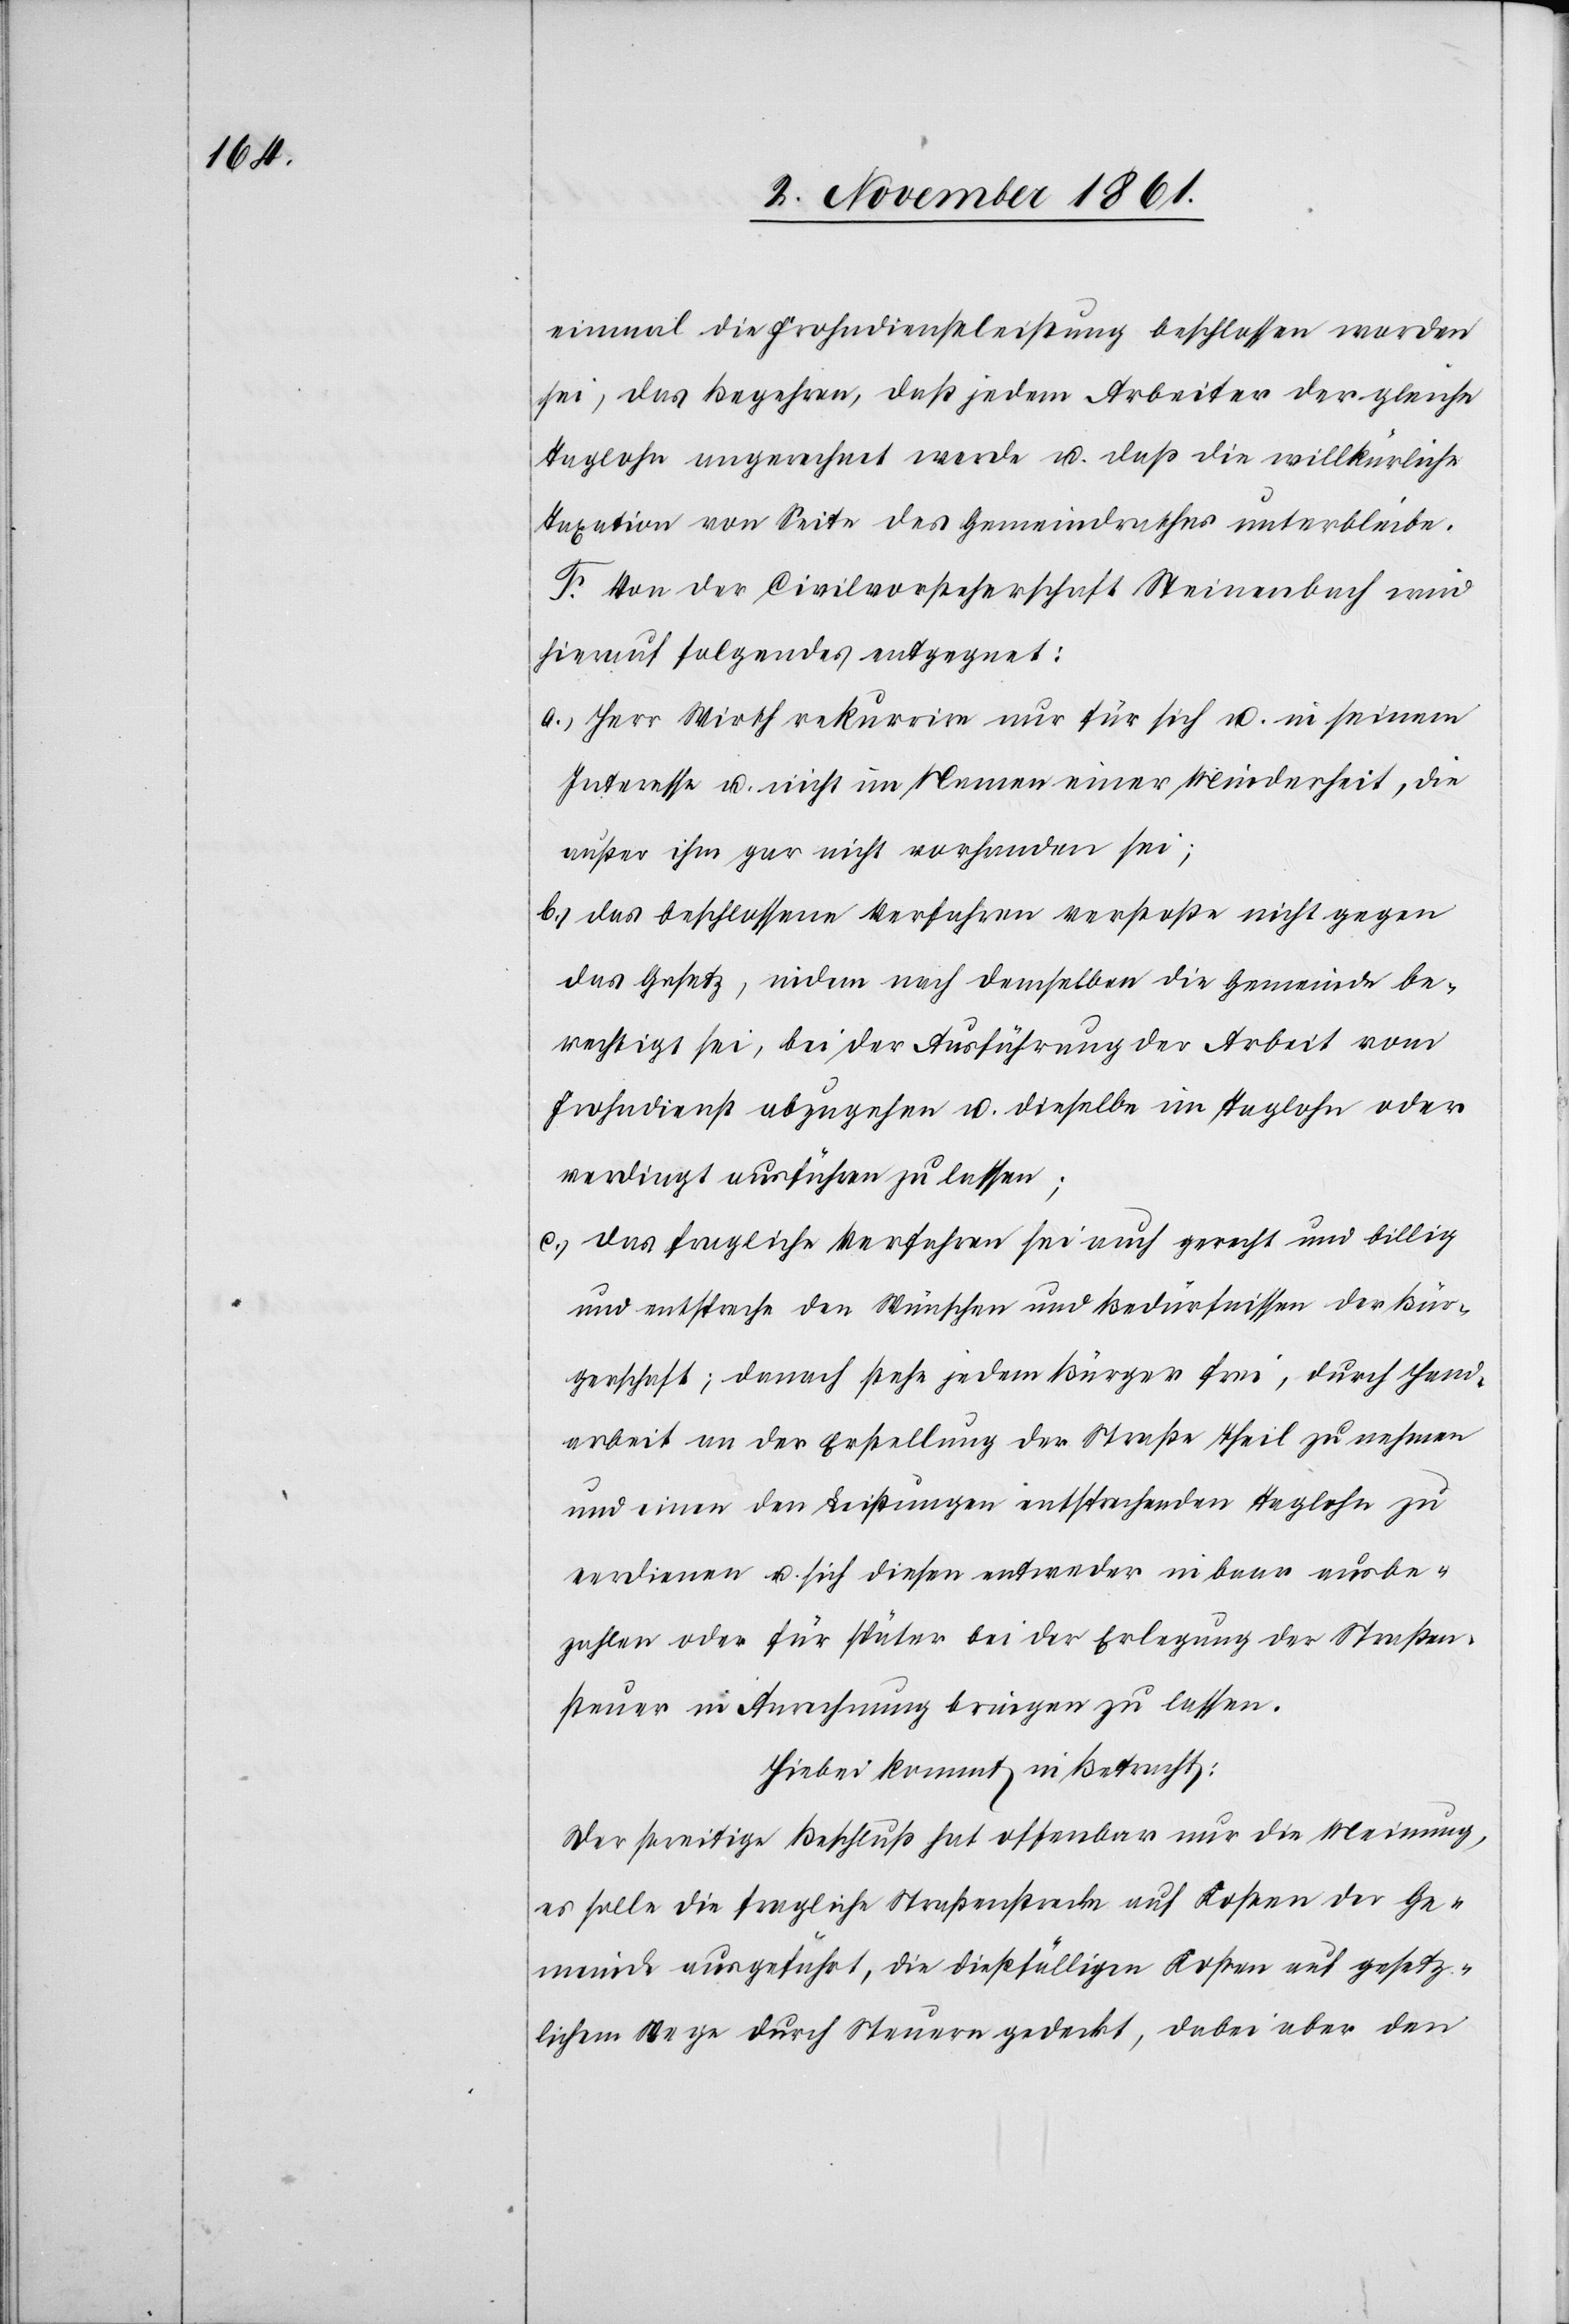
einmal die Frohndienstleistung beschlossen worden
sei, das Begehren, daß jedem Arbeiter der gleiche
Taglohn angerechnet werde u. daß die willkürliche
Taxation von Seite des Gemeindrathes unterbleibe.
F. Von der Civilvorsteherschaft Steinenbach wird
hierauf folgendes entgegnet:
a.) Herr Wirth rekurrire nur für sich u. in seinem
Interesse u. nicht im Namen einer Minderheit, die
außer ihm gar nicht vorhanden sei;
b.) das beschlossene Verfahren verstoße nicht gegen
das Gesetz, indem nach demselben die Gemeinde be¬
rechtigt sei, bei der Ausführung der Arbeit vom
Frohndienst abzugehen u. dieselbe im Taglohn oder
verdingt ausführen zu lassen;
c.) das fragliche Verfahren sei auch gerecht und billig
und entspreche den Wünschen und Bedürfnissen der Bür¬
gerschaft; danach stehe jedem Bürger frei, durch Hand¬
arbeit an der Bestellung der Straße Theil zu nehmen
und einen den Leistungen entsprechenden Taglohn zu
verdienen u. sich diesen entweder in baar ausbe¬
zahlen oder für später bei der Erlegung der Straßen¬
steuer in Anrechnung bringen zu lassen.
Hiebei kommt in Betracht:
Der streitige Beschluß hat offenbar nur die Meinung,
es solle die fragliche Straßenstrecke auf Kosten der Ge¬
meinde ausgeführt, die dießfälligen Kosten auf gesetz¬
lichem Wege durch Steuern gedeckt, dabei aber den